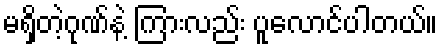
မရှိတဲ့ဂုဏ်နဲ့ ကြားလည်း ပူလောင်ပါတယ်။